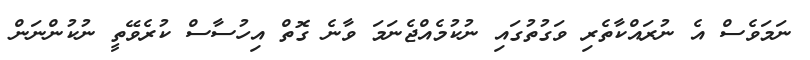
ނަމަވެސް އެ ނުރައްކާތެރި ވަގުތުގައި ނުކުމެއްޖެނަމަ ވާނެ ގޮތް އިހުސާސް ކުރެވޭތީ ނުކުންނަން